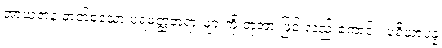
အာယတန ဓာတ်စသော ပရမတ္ထတရားများကို ဘုံအားဖြင့် လည်းကောင်း၊ ပရိယာပန္န